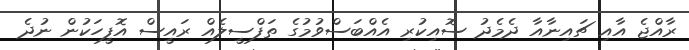
ރާއްޖެ އާއި ޗައިނާއާ ދެމެދު ސޮއިކުރި އެއްބަސްވުމުގެ ތަފްސީލެއް ރައީސް އޮފީހަކުން ނުދެ